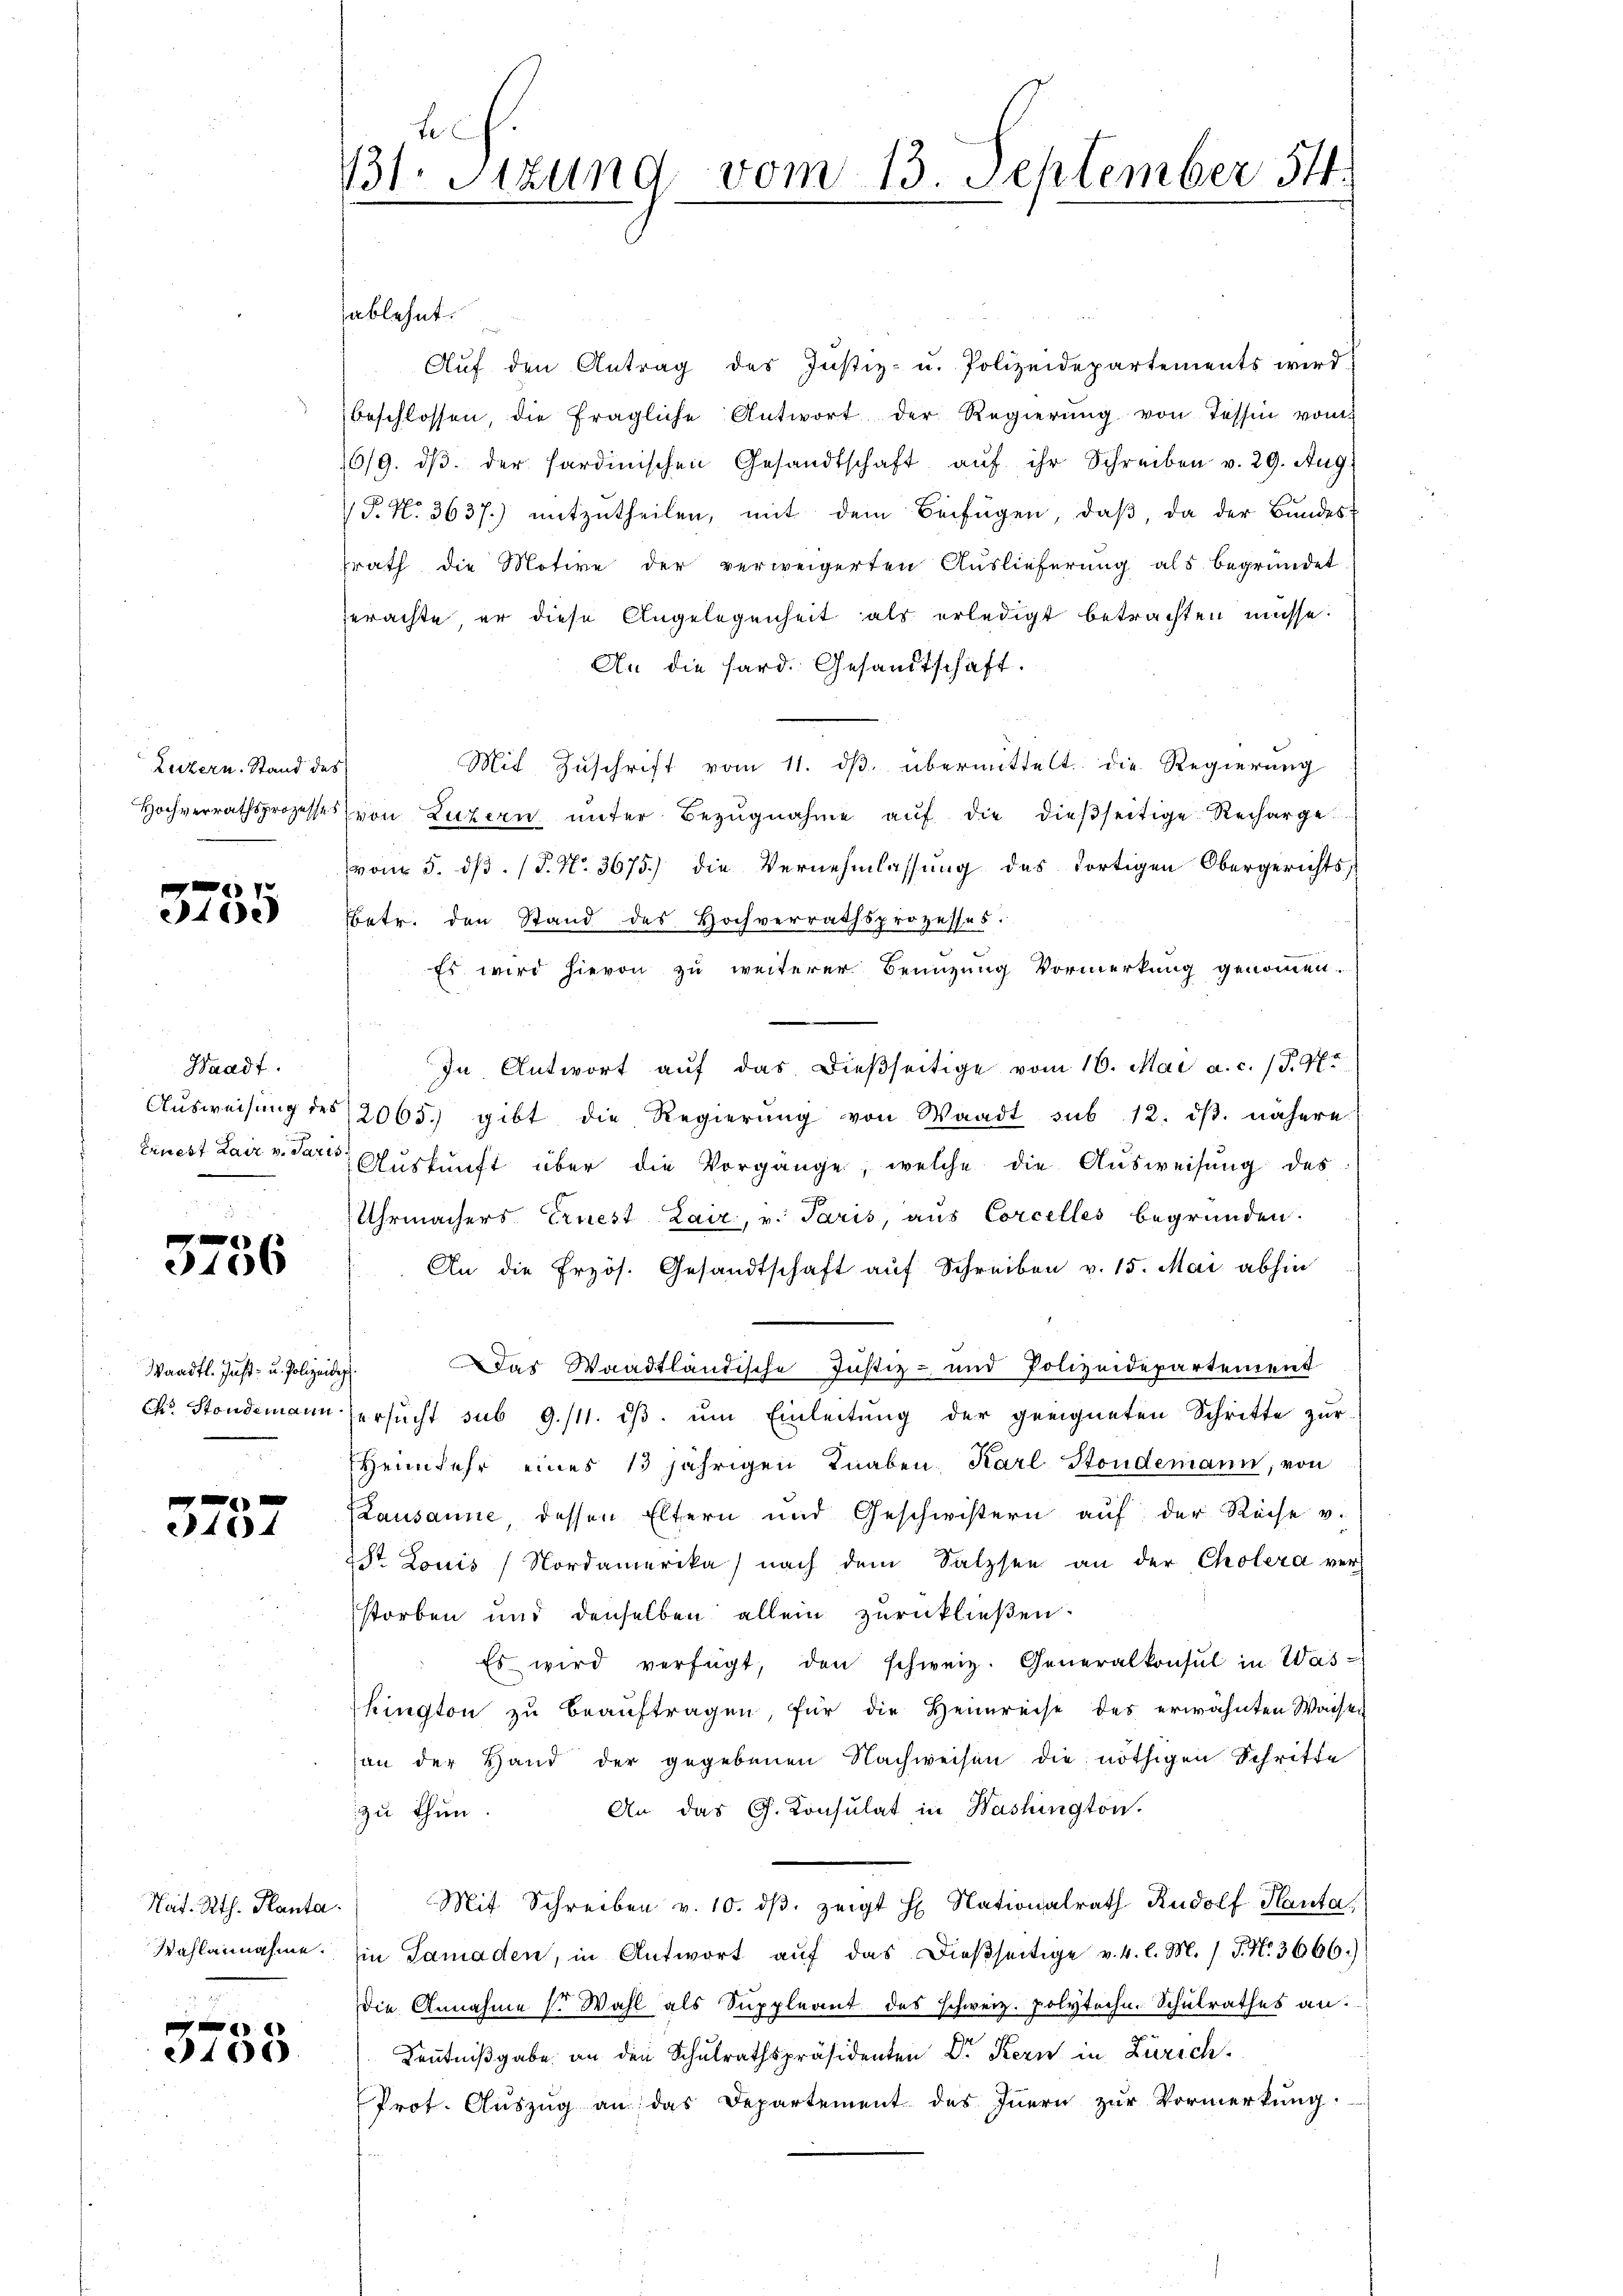
Luzern. Stand des

.
10

Waadt.

e
3106

Waadt. Just- u. Polizeidig

0 x
464

3755

bch
131. Sitzung vom 13. September 54.

sablehnt.

Auf den Antrag des Justiz- u. Polizeidepartements wird
beschlossen, die fragliche Antwort der Regierŭng von Tessin vom
16/9. dβ der Sardinischen Gesandtschaft aŭf ihr Schreiben v. 29. Aug.
 P. N. 3637.) mitzŭtheilen, mit dem Beifügen, daβ, da der Bundes-
srath die Motive der verweigerten Auslieferung als begründet
erachte er diese Angelegenheit als erledigt betrachten müsse.
An die hard. Gesandtschaft.
Mit Zuschrift vom 11. ds. übermittelt die Regierung
Hochverrathsprozesses von Luzern ŭnter Bezŭgnahme aŭf die dießseitige Recharge
(vom 5. dβ. (T. N. 3675) die Vernehmlassung des dortigen Obergerichts,
Betr. den Stand des Hochverrathsprozesses.
Es wird hievon zu weiterer Benuzung Vormerkung genommen.
In Antwort aŭf das dieβseitige vom 16. Mai a. c. (T. 47.
Aŭsweisŭng des 2065.) gibt die Regierŭng von Waadt sub 12. dβ. nähere
Ernest Lair v. Pare Auskunft über die Vorgänge, welche die Ausweisung des
Uhrmachers Ernest Lair, v. Paris, aus Corcelles begründen.
An die Erzös. Gesandtschaft auf Schreiben v. 15. Mai abhin
Das Waadtländische Justiz- und Polizeidepartement
co. Standemann ersŭcht sub 9./11. dβ. ŭm Einleitŭng der geeigneten Schritte zur
Heimkehr eines 13 jährigen Knaben. Karl Stondemann, von
Lausanne dessen Eltern und Geschwistern auf der Reise v.
28t Louis Nordamerika nach dem Salzsen an der Cholera ver-
storben und denselben allein zurückließen.
Es wird verfügt, den schweiz. Generalkonsul in Was-
kington zŭ beaŭftragen, für die Heimreise des erwähnten Waiser
son der Hand der gegebenen Nachweisen die nöthigen Schritte
An das G. Konsulat in Washington.
zu thun.
Tat. Rth. Planta. Mit Schreiben v. 10. dβ. zeigt H. Nationalrath Rudolf Planta
Wahlannahme. Ein Samaden, in Antwort aŭf das Dieβseitige v. 4. l. M. J. J. No. 3666.)
die Annahme s. Wahl als Suppleant des schweiz. Polytechn. Schulrathes an.
Kentnißgabe an den Schulrathspräsidenten Dr Kern in Zürich.
Prot. Aŭszŭg an das Departement des Innern zur Vormerkung.